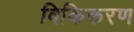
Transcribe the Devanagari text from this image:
विकिकरण